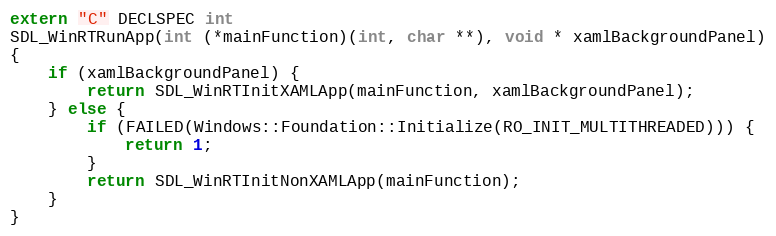
Language: C++
extern "C" DECLSPEC int
SDL_WinRTRunApp(int (*mainFunction)(int, char **), void * xamlBackgroundPanel)
{
    if (xamlBackgroundPanel) {
        return SDL_WinRTInitXAMLApp(mainFunction, xamlBackgroundPanel);
    } else {
        if (FAILED(Windows::Foundation::Initialize(RO_INIT_MULTITHREADED))) {
            return 1;
        }
        return SDL_WinRTInitNonXAMLApp(mainFunction);
    }
}